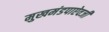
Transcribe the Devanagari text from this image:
मुखमंडपाऐवजी